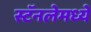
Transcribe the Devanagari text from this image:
स्टॅनलेमध्ये